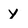
Character: y